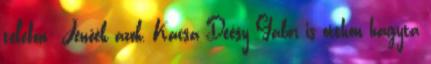
telefon: Jenőék azok, Kacsa Deésy Gábor is otthon hagyta